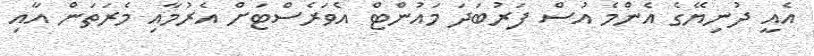
އެއީ ދުނިޔޭގެ އެންމެ އުސް ފަރުބަދަ މައުންޓް އެވަރެސްޓަށް އެރުމާއި މެރަތަން އާއި